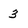
Character: 3